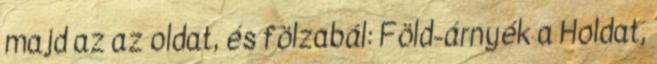
majd az az oldat, és fölzabál: Föld-árnyék a Holdat,